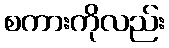
စကားကိုလည်း